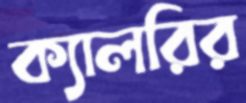
ক্যালরির